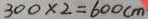
3 0 0 \times 2 = 6 0 0 c m